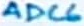
Text: ADC6